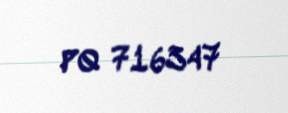
PQ 716347